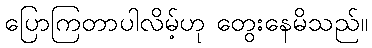
ပြောကြတာပါလိမ့်ဟု တွေးနေမိသည်။